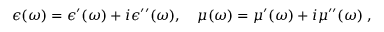
\begin{array} { r } { \epsilon ( \omega ) = \epsilon ^ { \prime } ( \omega ) + i \epsilon ^ { \prime \prime } ( \omega ) , \quad \mu ( \omega ) = \mu ^ { \prime } ( \omega ) + i \mu ^ { \prime \prime } ( \omega ) \; , } \end{array}